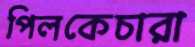
পিলকেচারা